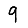
Digit: 9